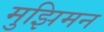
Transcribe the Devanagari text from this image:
मुझिमन